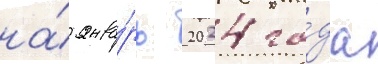
на́ янва́рь 2024 го́да